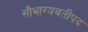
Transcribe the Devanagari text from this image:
सौभाग्यवतीपद